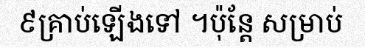
៩គ្រាប់ឡើងទៅ ។ប៉ុន្តែ សម្រាប់